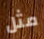
مثل